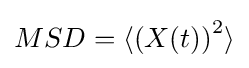
MSD=\langle \left(X(t)\right)^{2}\rangle